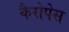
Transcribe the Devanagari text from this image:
कैरोपेस